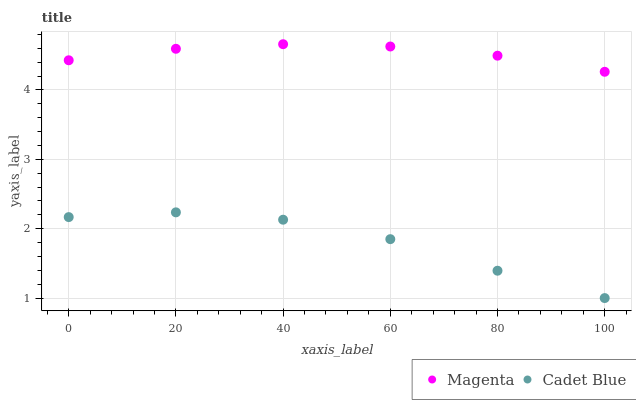
| xaxis_label | Magenta | Cadet Blue |
 | --- | --- | --- |
 | 0 | 4.43 | 2.17 |
 | 20 | 4.59 | 2.24 |
 | 40 | 4.66 | 2.13 |
 | 60 | 4.63 | 1.85 |
 | 80 | 4.49 | 1.39 |
 | 100 | 4.26 | 1 |